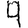
Digit: 9